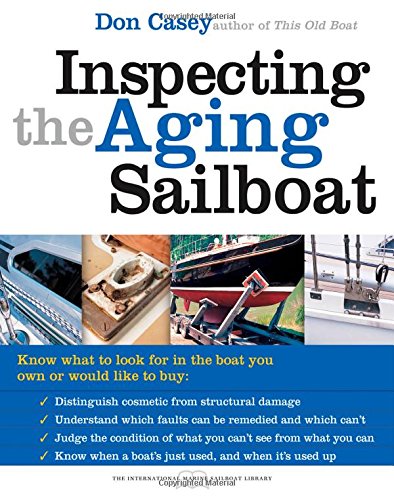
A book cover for Inspecting the Aging Sailboat (The International Marine Sailboat Library); Don Casey; Engineering & Transportation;